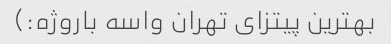
بهترین پیتزای تهران واسه باروژه:)